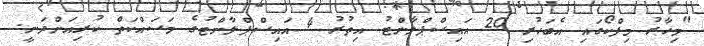
"މިހާރު މިފްކޯގައި އެބަހުރި 20 އައިސްޕްލާންޓު އިތުރު 4 އައިސްޕްލާންޓުގެ މަސައްކަތް ކުރިއަށްދަނީ.